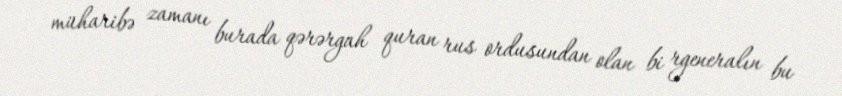
müharibə zamanı burada qərərgah quran rus ordusundan olan bi rgeneralın bu